画像に写った文字を読んでください
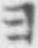
「ヨ」と書いてあります